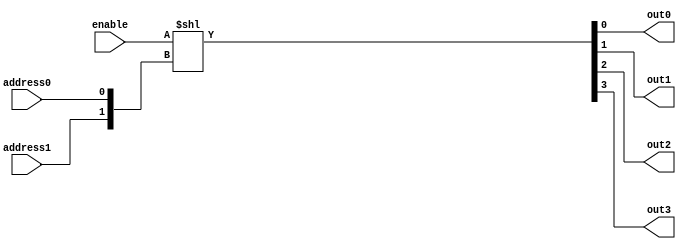

`define AND and #50
`define OR or #50
`define NOT not #50

module behavioralDecoder(out0,out1,out2,out3, address0,address1, enable);
output out0, out1, out2, out3;
input address0, address1;
input enable;
assign {out3,out2,out1,out0}=enable<<{address1,address0};
endmodule

module structuralDecoder(out0,out1,out2,out3, address0,address1, enable);
output out0, out1, out2, out3;
input address0, address1;
input enable;
// Your Code Here

// declarations
wire nA1, nA2;

`NOT(nA0, address0);
`NOT(nA1, address1);

`AND(out0, enable, nA1, nA0);
`AND(out1, enable, nA1, address0);
`AND(out2, enable, address1, nA0);
`AND(out3, enable, address1, address0);

endmodule

module testDecoder; 
reg addr0, addr1;
reg enable;
wire out0,out1,out2,out3;
//behavioralDecoder decoder (out0,out1,out2,out3,addr0,addr1,enable);
structuralDecoder decoder (out0,out1,out2,out3,addr0,addr1,enable); // Swap after testing

initial begin
$display("En A0 A1| O0 O1 O2 O3 | Expected Output");
enable=0;addr0=0;addr1=0; #1000 
$display("%b  %b  %b |  %b  %b  %b  %b | All false", enable, addr0, addr1, out0, out1, out2, out3);
enable=0;addr0=1;addr1=0; #1000
$display("%b  %b  %b |  %b  %b  %b  %b | All false", enable, addr0, addr1, out0, out1, out2, out3);
enable=0;addr0=0;addr1=1; #1000 
$display("%b  %b  %b |  %b  %b  %b  %b | All false", enable, addr0, addr1, out0, out1, out2, out3);
enable=0;addr0=1;addr1=1; #1000 
$display("%b  %b  %b |  %b  %b  %b  %b | All false", enable, addr0, addr1, out0, out1, out2, out3);
enable=1;addr0=0;addr1=0; #1000 
$display("%b  %b  %b |  %b  %b  %b  %b | O0 Only", enable, addr0, addr1, out0, out1, out2, out3);
enable=1;addr0=1;addr1=0; #1000 
$display("%b  %b  %b |  %b  %b  %b  %b | O1 Only", enable, addr0, addr1, out0, out1, out2, out3);
enable=1;addr0=0;addr1=1; #1000 
$display("%b  %b  %b |  %b  %b  %b  %b | O2 Only", enable, addr0, addr1, out0, out1, out2, out3);
enable=1;addr0=1;addr1=1; #1000 
$display("%b  %b  %b |  %b  %b  %b  %b | O3 Only", enable, addr0, addr1, out0, out1, out2, out3);
end
endmodule